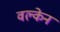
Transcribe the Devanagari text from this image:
वल्केन